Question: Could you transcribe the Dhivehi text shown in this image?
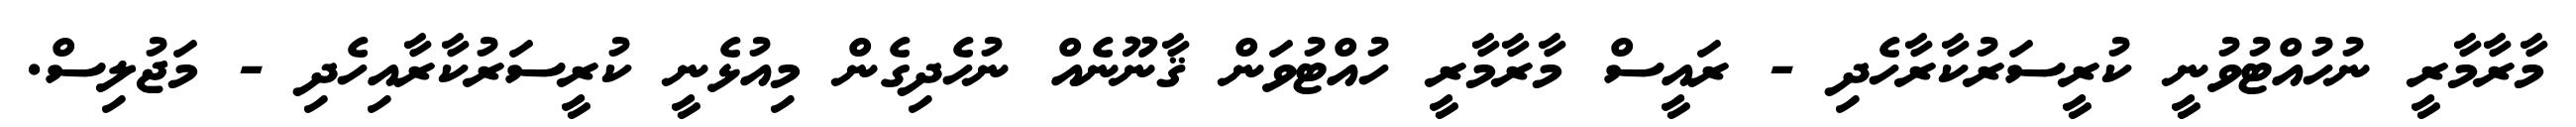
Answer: މާރާމާރީ ނުހުއްޓުވުނީ ކުރީސަރުކާރާހެދި - ރައީސް މާރާމާރީ ހުއްޓުވަން ޤާނޫނެއް ނުހެދިގެން މިއުޅެނީ ކުރީސަރުކާރާއިހެދި - މަޖުލިސް.